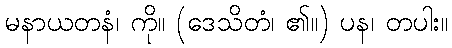
မနာယတနံ၊ ကို။ (ဒေသိတံ၊ ၏။) ပန၊ တပါး။